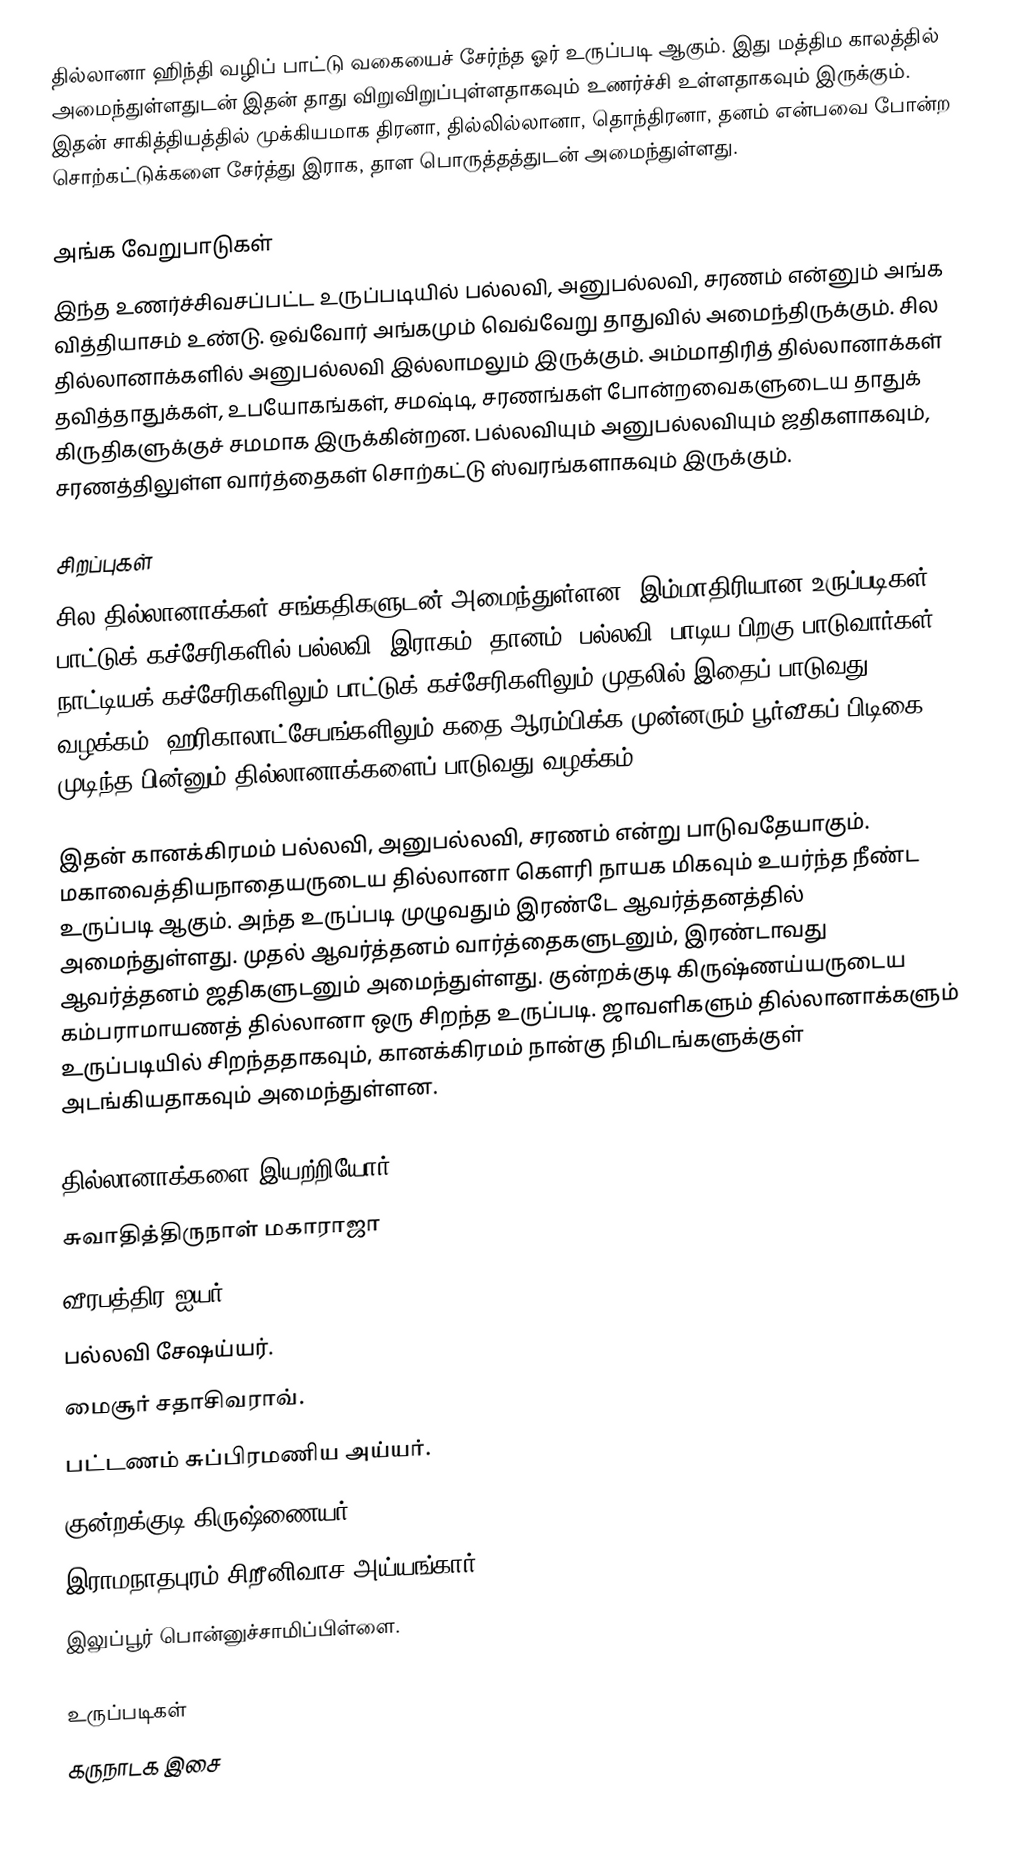
தில்லானா ஹிந்தி வழிப் பாட்டு வகையைச் சேர்ந்த ஓர் உருப்படி ஆகும். இது மத்திம காலத்தில் அமைந்துள்ளதுடன் இதன் தாது விறுவிறுப்புள்ளதாகவும் உணர்ச்சி உள்ளதாகவும் இருக்கும். இதன் சாகித்தியத்தில் முக்கியமாக திரனா, தில்லில்லானா, தொந்திரனா, தனம் என்பவை போன்ற சொற்கட்டுக்களை சேர்த்து இராக, தாள பொருத்தத்துடன் அமைந்துள்ளது.

அங்க வேறுபாடுகள்
இந்த உணர்ச்சிவசப்பட்ட உருப்படியில் பல்லவி, அனுபல்லவி, சரணம் என்னும் அங்க வித்தியாசம் உண்டு. ஒவ்வோர் அங்கமும் வெவ்வேறு தாதுவில் அமைந்திருக்கும். சில தில்லானாக்களில் அனுபல்லவி இல்லாமலும் இருக்கும். அம்மாதிரித் தில்லானாக்கள் தவித்தாதுக்கள், உபயோகங்கள், சமஷ்டி, சரணங்கள் போன்றவைகளுடைய தாதுக் கிருதிகளுக்குச் சமமாக இருக்கின்றன. பல்லவியும் அனுபல்லவியும் ஜதிகளாகவும், சரணத்திலுள்ள வார்த்தைகள் சொற்கட்டு ஸ்வரங்களாகவும் இருக்கும்.

சிறப்புகள்
சில தில்லானாக்கள் சங்கதிகளுடன் அமைந்துள்ளன. இம்மாதிரியான உருப்படிகள் பாட்டுக் கச்சேரிகளில் பல்லவி (இராகம், தானம், பல்லவி) பாடிய பிறகு பாடுவார்கள். நாட்டியக் கச்சேரிகளிலும் பாட்டுக் கச்சேரிகளிலும் முதலில் இதைப் பாடுவது வழக்கம். ஹரிகாலாட்சேபங்களிலும் கதை ஆரம்பிக்க முன்னரும் பூர்வீகப் பிடிகை முடிந்த பின்னும் தில்லானாக்களைப் பாடுவது வழக்கம்.

இதன் கானக்கிரமம் பல்லவி, அனுபல்லவி, சரணம் என்று பாடுவதேயாகும். மகாவைத்தியநாதையருடைய தில்லானா கௌரி நாயக மிகவும் உயர்ந்த நீண்ட உருப்படி ஆகும். அந்த உருப்படி முழுவதும் இரண்டே ஆவர்த்தனத்தில் அமைந்துள்ளது. முதல் ஆவர்த்தனம் வார்த்தைகளுடனும், இரண்டாவது ஆவர்த்தனம் ஜதிகளுடனும் அமைந்துள்ளது. குன்றக்குடி கிருஷ்ணய்யருடைய கம்பராமாயணத் தில்லானா ஒரு சிறந்த உருப்படி. ஜாவளிகளும் தில்லானாக்களும் உருப்படியில் சிறந்ததாகவும், கானக்கிரமம் நான்கு நிமிடங்களுக்குள் அடங்கியதாகவும் அமைந்துள்ளன.

தில்லானாக்களை இயற்றியோர்
 சுவாதித்திருநாள் மகாராஜா
 வீரபத்திர ஐயர்.
 பல்லவி சேஷய்யர்.
 மைசூர் சதாசிவராவ்.
 பட்டணம் சுப்பிரமணிய அய்யர்.
 குன்றக்குடி கிருஷ்ணையர்.
 இராமநாதபுரம் சிறீனிவாச அய்யங்கார்.
 இலுப்பூர் பொன்னுச்சாமிப்பிள்ளை.

உருப்படிகள்
கருநாடக இசை